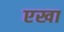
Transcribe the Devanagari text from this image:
एखा